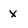
Character: X